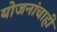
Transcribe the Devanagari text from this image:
योजनांचाही